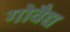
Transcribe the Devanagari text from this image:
गोवैद्य